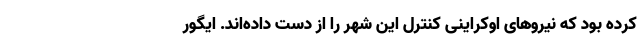
کرده بود که نیروهای اوکراینی کنترل این شهر را از دست داده‌اند. ایگور